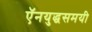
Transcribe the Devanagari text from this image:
ऍनयुद्धसमयी